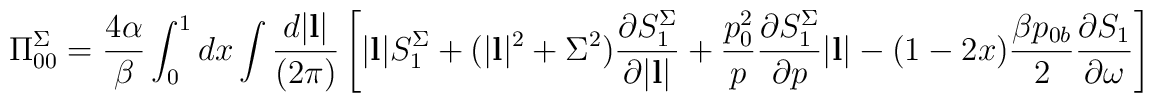
\Pi^{\Sigma}_{00}={4\alpha \over \beta} \int^1_0 dx \int {d|{\bf l}| \over (2\pi)} \left[|{\bf l}| S^{\Sigma}_1+(|{\bf l}|^2+\Sigma^2) {\partial S^{\Sigma}_1  \over \partial |{\bf l}| }+{p^2_0 \over p}{\partial S^{\Sigma}_1  \over \partial p }|{\bf l}|-(1-2x){\beta p_{0b} \over2}{\partial S_1 \over \partial \omega} \right]